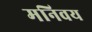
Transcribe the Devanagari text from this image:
मनिवय